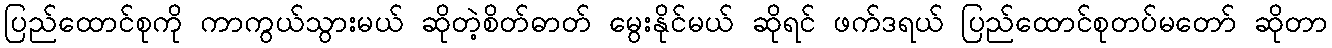
ပြည်ထောင်စုကို ကာကွယ်သွားမယ် ဆိုတဲ့စိတ်ဓာတ် မွေးနိုင်မယ် ဆိုရင် ဖက်ဒရယ် ပြည်ထောင်စုတပ်မတော် ဆိုတာ